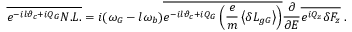
\overline { { e ^ { - i l \vartheta _ { c } + i Q _ { G } } N . L . } } = i ( \omega _ { G } - l \omega _ { b } ) \overline { { e ^ { - i l \vartheta _ { c } + i Q _ { G } } \left( \frac { e } { m } \left\langle \delta L _ { g G } \right\rangle \right) } } \frac { \partial } { \partial { \cal E } } \overline { { e ^ { i Q _ { z } } \delta F _ { z } } } \; .